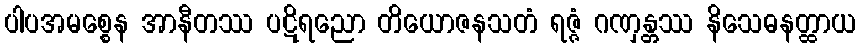
ပါပအမစ္စေန အာနီတဿ ပဋိရညော တိယောဇနသတံ ရဇ္ဇံ ဂဏှန္တဿ နိသေဓနတ္ထာယ